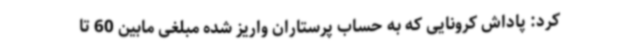
کرد: پاداش کرونایی که به حساب پرستاران واریز شده مبلغی مابین 60 تا